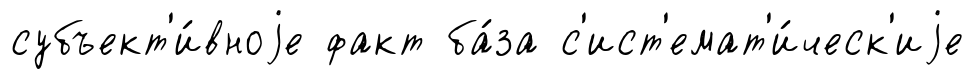
субъект'и́вноjе факт ба́за с'ист'емат'и́ческ'иjе